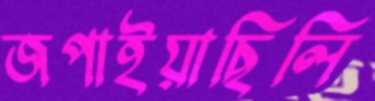
জপাইয়াছিলি